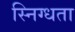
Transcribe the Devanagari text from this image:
स्निग्‍धता